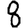
Digit: 8